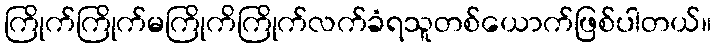
ကြိုက်ကြိုက်မကြိုကိကြိုက်လက်ခံရသူတစ်ယောက်ဖြစ်ပါတယ်။